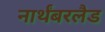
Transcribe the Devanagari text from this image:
नार्थंबरलैड